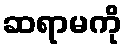
ဆရာမကို